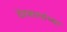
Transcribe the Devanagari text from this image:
देवकार्याच्या